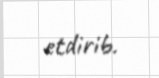
etdirib.